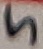
Text: 5